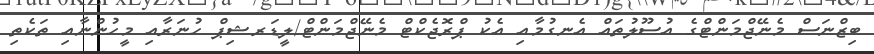
ބިޒްނަސް މެނޭޖްމަންޓްގެ އުސޫލުތައް އެނގުމާއި އެކު ޕްރޮޖެކްޓް މެނޭޖްމަންޓް/ލީޑަރޝިޕް ހުނަރާއި މީހުންނާއި ތަކެތި